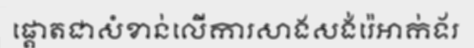
ផ្តោតជាសំខាន់លើការសាងសង់រ៉េអាក់ទ័រ